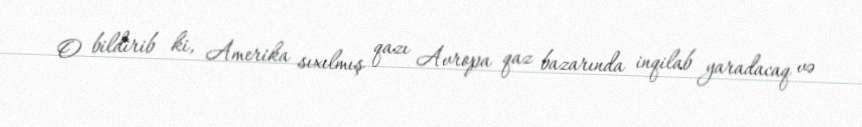
O bildirib ki, Amerika sıxılmış qazı Avropa qaz bazarında inqilab yaradacaq və